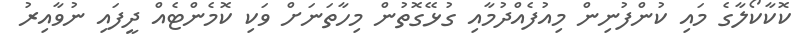
ކޮކާކޯލާގެ މައި ކުންފުނިން މިއުފެއްދުމާއި ގުޅޭގޮތުން މިހާތަނަށް ވަކި ކޮމެންޓެއް ދީފައި ނުވާއިރު